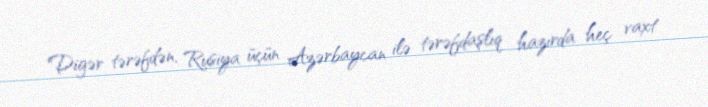
Digər tərəfdən, Rusiya üçün Azərbaycan ilə tərəfdaşlıq hazırda heç vaxt